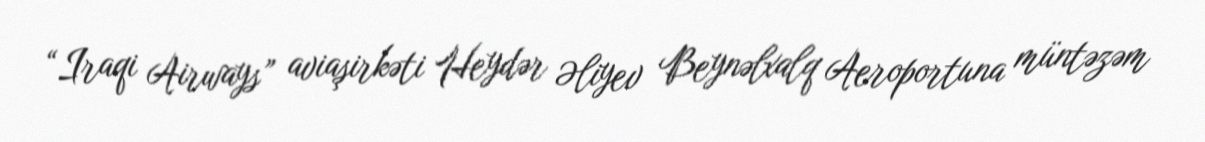
“Iraqi Airways” aviaşirkəti Heydər Əliyev Beynəlxalq Aeroportuna müntəzəm